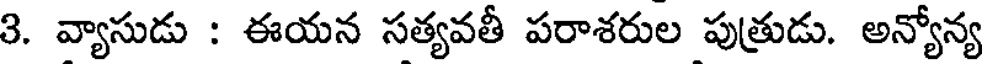
3. వ్యాసుడు : ఈయన సత్యవతీ పరాశరుల పుత్రుడు. అన్యోన్య